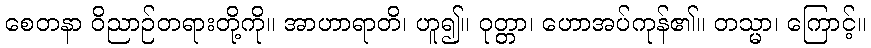
စေတနာ ဝိညာဉ်တရားတို့ကို။ အာဟာရာတိ၊ ဟူ၍။ ဝုတ္တာ၊ ဟောအပ်ကုန်၏။ တသ္မာ၊ ကြောင့်။